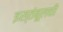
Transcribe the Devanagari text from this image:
इस्तंबूलची